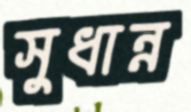
সুধান্ন